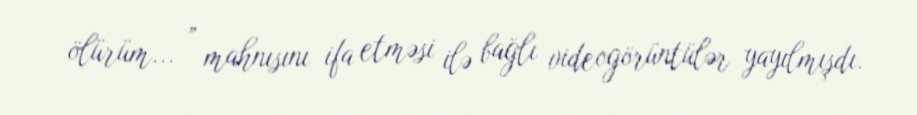
ölürüm... ” mahnısını ifa etməsi ilə bağlı videogörüntülər yayılmışdı.